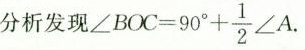
分析发现$$\angle BOC=90^{\circ}+ \frac{1}{2}\angle A$$.